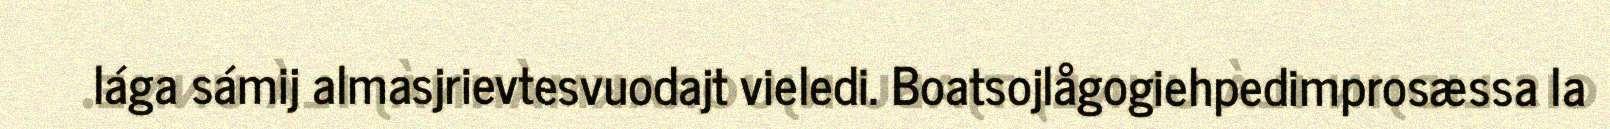
lága sámij almasjrievtesvuodajt vieledi. Boatsojlågogiehpedimprosæssa la